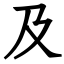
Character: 及